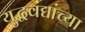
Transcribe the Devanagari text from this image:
युद्धवंद्यांच्या